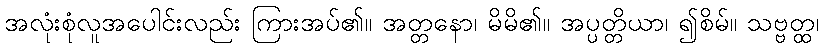
အလုံးစုံလူအပေါင်းလည်း ကြားအပ်၏။ အတ္တနော၊ မိမိ၏။ အပ္ပတ္တိယာ၊ ၍စိမ်။ သဗ္ဗတ္ထ၊